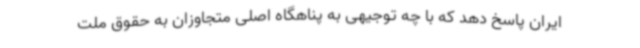
ایران پاسخ دهد که با چه توجیهی به پناهگاه اصلی متجاوزان به حقوق ملت